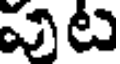
పట